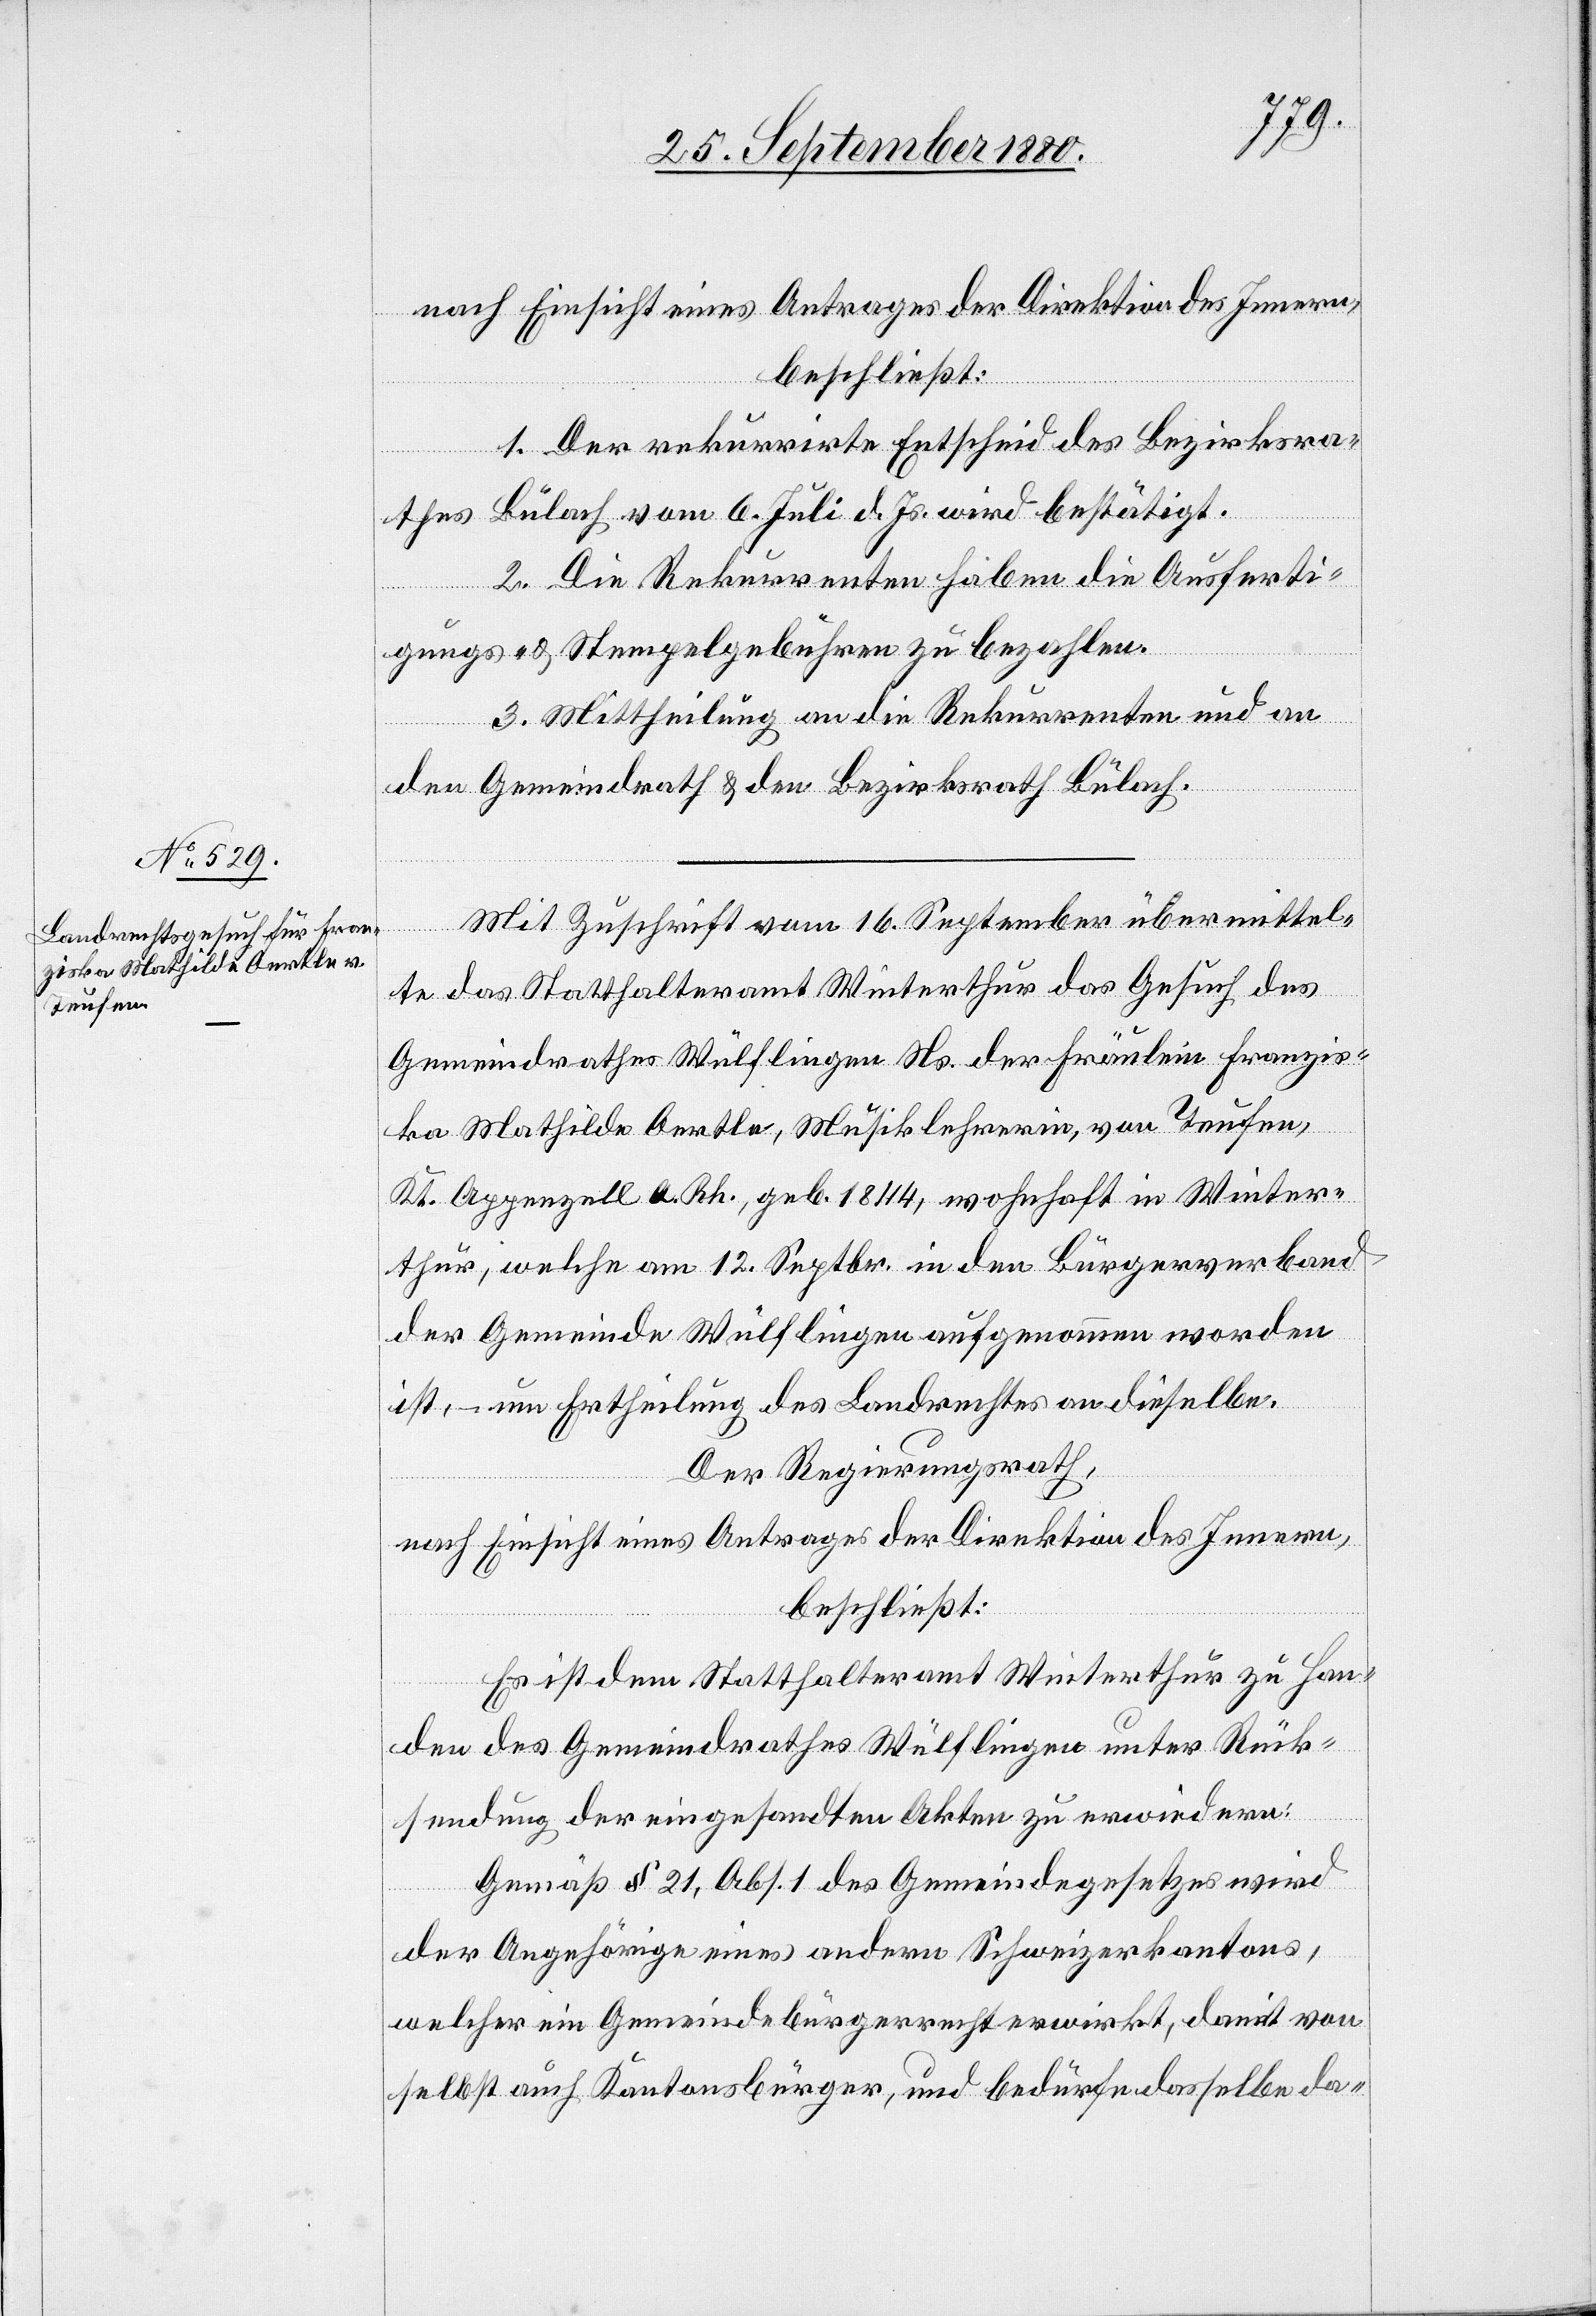
1. Der rekurrirte Entscheid des Bezirksra¬
thes Bülach vom 6. Juli d. Js. wird bestätigt.
2. Die Rekurrenten haben die Ausferti¬
gungs- & Stempelgebühren zu bezahlen.
3. Mittheilung an die Rekurrenten und an
den Gemeindrath & den Bezirksrath Bülach.
Mit Zuschrift vom 16. September übermittel¬
te das Statthalteramt Winterthur das Gesuch des
Gemeindrathes Wülflingen Ns. der [sic!] Fräulein Franzis¬
ka Mathilda Oertle, Musiklehrerin, von Teufen,
Kt. Appenzell a. Rh., geb. 1844, wohnhaft in Winter¬
thur, welche am 12. Septbr. in den Bürgerverband
der Gemeinde Wülflingen aufgenommen worden
ist, – um Ertheilung des Landrechtes an dieselbe.
Der Regierungsrath,
nach Einsicht eines Antrages der Direktion des Innern,
beschließt:
Es ist dem Statthalteramt Winterthur zu Han¬
den des Gemeindrathes Wülflingen unter Rück¬
sendung der eingesandten Akten zu erwiedern:
Gemäß § 21, Abs. 1 des Gemeindegesetzes wird
der Angehörige eines andern Schweizerkantons,
welcher ein Gemeindebürgerrecht erwirkt, damit von
selbst auch Kantonsbürger, und bedürfe dasselbe da-